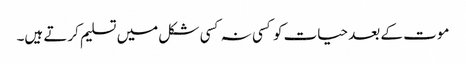
موت کے بعد حیات کو کسی نہ کسی شکل میں تسلیم کرتے ہیں۔